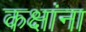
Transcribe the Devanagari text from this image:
कक्षांना